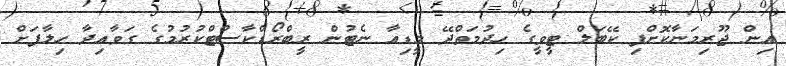
އިން ޖޫރިމަނާކޮށްފި ކޭބަލް ޓީވީގެ ހިދުމަތްދޭ މީޑިއާ ނެޓުން ރީބްރޯޑްކާސްޓްކުރުމުގެ ގަވާއިދާ ހިލާފަށް